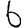
Digit: 6